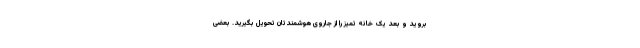
بروید و بعد یک خانه تمیز را از جاروی هوشمندتان تحویل بگیرید. بعضی